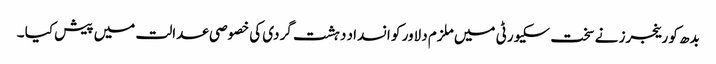
بدھ کو رینجرز نے سخت سکیورٹی میں ملزم دلاور کو انسداد دہشت گردی کی خصوصی عدالت میں پیش کیا ۔